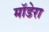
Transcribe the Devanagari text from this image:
मॉडेरा